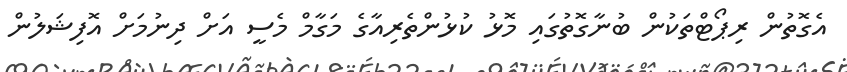
އެގޮތުން ރިޕޯޓްތަކުން ބުނާގޮތުގައި މޮޅު ކުޅުންތެރިއާގެ މަގާމް މެސީ އަށް ދިނުމަށް އޮފިޝަލުން